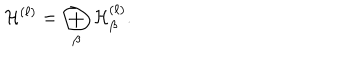
{ \cal H } ^ { ( \ell ) } = \bigoplus _ { \beta } { \cal H } _ { \beta } ^ { ( \ell ) } .